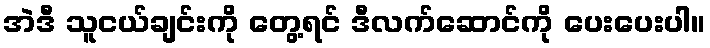
အဲဒီ သူငယ်ချင်းကို တွေ့ရင် ဒီလက်ဆောင်ကို ပေးပေးပါ။